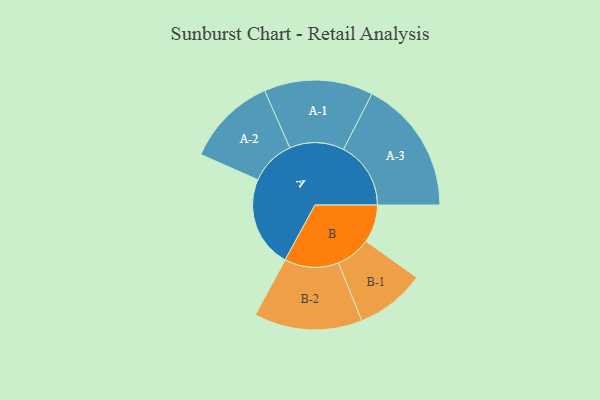
{"axis": {"x": "Segment", "y": "Value"}, "legend": ["", "A", "B"], "data": [{"x": "A", "y": 270, "type": ""}, {"x": "B", "y": 112, "type": ""}, {"x": "A-1", "y": 161, "type": "A"}, {"x": "A-2", "y": 134, "type": "A"}, {"x": "A-3", "y": 199, "type": "A"}, {"x": "B-1", "y": 103, "type": "B"}, {"x": "B-2", "y": 160, "type": "B"}]}